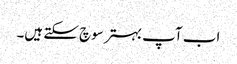
اب آپ بہتر سوچ سکتے ہیں۔